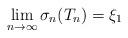
LaTeX: \begin{align*} \lim_{n \rightarrow \infty} \sigma_n(T_n) = \xi_1 \end{align*}